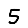
Digit: 5